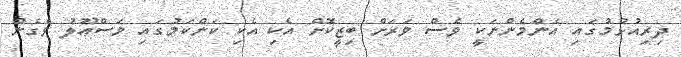
ދިރިއުޅުމުގައި އެންމެންނަކީ ވެސް ވަރަށް ބިޒީކޮށް އެކި އެކި ކަންކަމުގައި މަސްޢޫލު ވެގެން